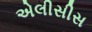
એલીસીસ